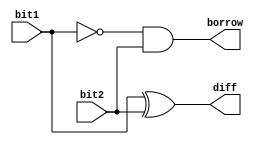
`timescale 1 ns/1 ns

module half_subtractor(bit1, bit2, diff, borrow);
input bit1;
input bit2;
output diff;
output borrow;

wire bit1_not;
not bit_not_calculator(bit1_not, bit1);

xor diff_calculator(diff, bit1, bit2);
and borrow_calculator(borrow, bit1_not, bit2);
endmodule